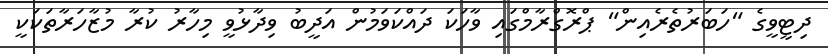
ދިޓީވީގެ "ހަބަރުތެރެއިން" ޕްރޮގްރާމްގައި ވާހަކަ ދައްކަވަމުން އަދީބު ވިދާޅުވީ މިހާރު ކުރާ މުޒާހަރާތަކަކީ